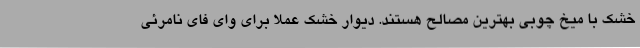
خشک با میخ چوبی بهترین مصالح هستند. دیوار خشک عملا برای وای فای نامرئی